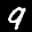
Label: 9